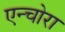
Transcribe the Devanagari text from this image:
एन्चोरा